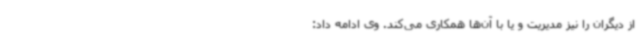
از دیگران را نیز مدیریت و یا با آن‌ها همکاری می‌کند. وی ادامه داد: